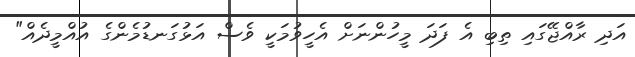
އަދި ރާއްޖޭގައި ތިބި އެ ފަދަ މީހުންނަށް އެހީވުމަކީ ވެސް އަޅުގަނޑުމެންގެ އުއްމީދެއް"